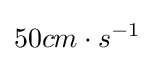
50cm\cdot s^{-1}